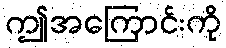
ဤအကြောင်းကို